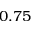
0 . 7 5